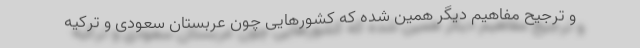
و ترجیح مفاهیم دیگر همین شده که کشورهایی چون عربستان سعودی و ترکیه